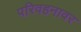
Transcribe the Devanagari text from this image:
परिवहनावर